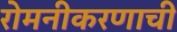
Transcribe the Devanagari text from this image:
रोमनीकरणाची